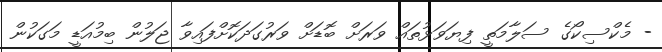
- މެކްސިކޯގެ ސަލާމަތީ ފިޔަވަޅުތައް ވަރަށް ބޮޑަށް ވަރުގަދަކޮށްފައިވާ ޖަލުން ބިމުއަޑީ މަގަކުން